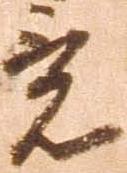
竟